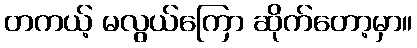
တကယ့် မလွယ်ကြော ဆိုက်တော့မှာ။